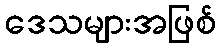
ဒေသများအဖြစ်